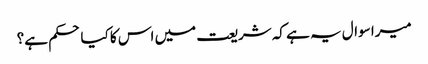
میرا سوال یہ ہے کہ شریعت میں اس کا کیا حکم ہے؟